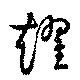
趯